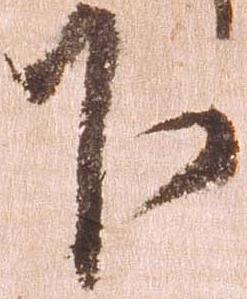
下